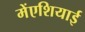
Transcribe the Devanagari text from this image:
मेंएशियाई